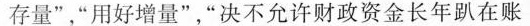
存量”，”用好增量”，”决不允许财政资金长年趴在账